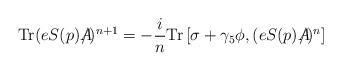
LaTeX: \begin{align*}{\rm Tr}(eS(p)A\!\!\!\!\slash)^{n+1} = -{i\over n}{\rm Tr}\left[\sigma + \gamma_{5}\phi , (eS(p)A\!\!\!\!\slash)^{n}\right]\end{align*}